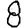
Digit: 8